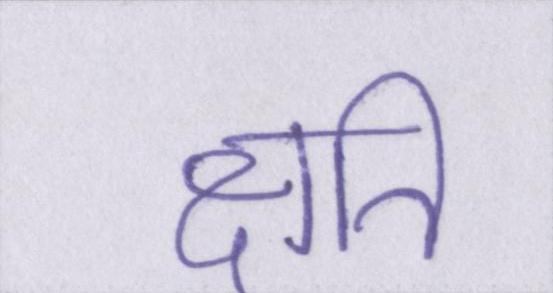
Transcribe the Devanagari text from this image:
क्षति